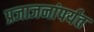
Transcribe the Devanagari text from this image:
प्रजाजनांपर्यंत